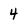
Character: 4